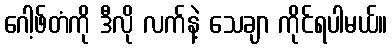
ဂေါ့ဖ်တံကို ဒီလို လက်နဲ့ သေချာ ကိုင်ရပါမယ်။